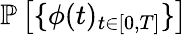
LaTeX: \mathbb{P}\left[\{ \phi(t)_{t\in[0,T]}\} \right]